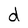
Character: d